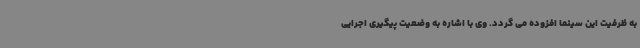
به ظرفیت این سینما افزوده می گردد. وی با اشاره به وضعیت پیگیری اجرایی